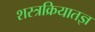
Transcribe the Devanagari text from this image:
शस्त्रक्रियातज्ञ